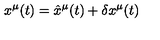
x ^ { \mu } ( t ) = { \hat { x } } ^ { \mu } ( t ) + \delta x ^ { \mu } ( t )